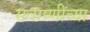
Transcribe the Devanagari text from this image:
सवाष्णींच्या